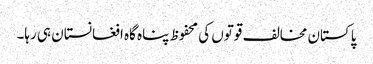
پاکستان مخالف قوتوں کی محفوظ پناہ گاہ افغانستان ہی رہا۔